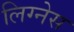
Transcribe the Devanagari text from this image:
लिग्नेस